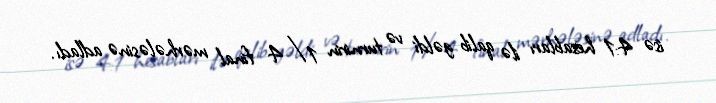
isə 4:1 hesabları ilə qalib gəldi və turnirin 1/4 final mərhələsinə adladı.